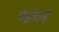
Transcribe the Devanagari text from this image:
पहंचने